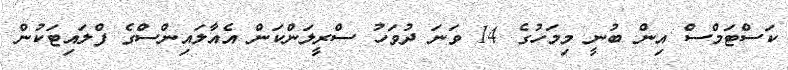
ކަސްޓަމްސް އިން ބުނީ މިމަހުގެ 14 ވަނަ ދުވަހު ސްރީލަންކަން އެއާލައިންސްގެ ފްލައިޓަކުން